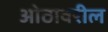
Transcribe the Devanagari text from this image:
ओठावरील